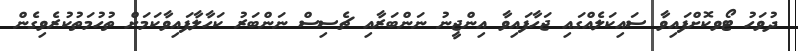
ދުވަހު ޓޯވކޮށްފައިވާ ސައިކަލެއްގައި ޖަހާފައިވާ އިންޖީނު ނަންބަރާއި ޗެސިސް ނަންބަރު ކަހާލާފައިވާކަމަށް ތުހުމަތުކުރެވިގެން